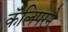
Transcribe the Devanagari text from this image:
कॅलिपरने